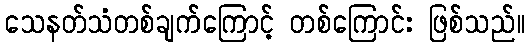
သေနတ်သံတစ်ချက်ကြောင့် တစ်ကြောင်း ဖြစ်သည်။